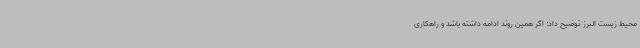
محیط زیست البرز توضیح داد: اگر همین روند ادامه داشته باشد و راهکاری